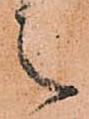
之